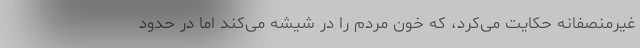
غیرمنصفانه حکایت می‌کرد، که خون مردم را در شیشه می‌کند اما در حدود